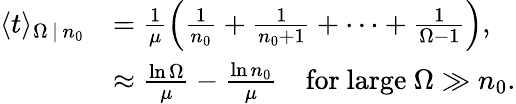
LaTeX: \begin{array}{rl}{\langle t\rangle_{\Omega\, |\, n_{0}}}&{=\frac{1}{\mu}\left(\frac{1}{n_{0}}+\frac{1}{n_{0}+1}+\cdots+\frac{1}{\Omega-1}\right),}\\ &{\approx\frac{\ln\Omega}{\mu}-\frac{\ln n_{0}}{\mu}\quad\mathrm{for~large~}\Omega\gg n_{0}.}\end{array}